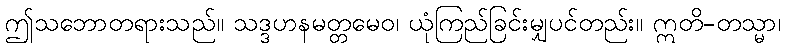
ဤသဘောတရားသည်။ သဒ္ဒဟနမတ္တမေဝ၊ ယုံကြည်ခြင်းမျှပင်တည်း။ ဣတိ-တသ္မာ၊